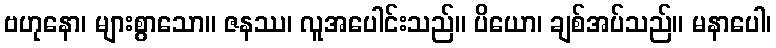
ဗဟုနော၊ များစွာသော။ ဇနဿ၊ လူအပေါင်းသည်။ ပိယော၊ ချစ်အပ်သည်။ မနာပေါ၊